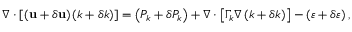
\nabla \cdot \left[ \left( \mathbf { u } + \delta \mathbf { u } \right) \left( k + \delta k \right) \right] = \left( P _ { k } + \delta P _ { k } \right) + \nabla \cdot \left[ \Gamma _ { k } \nabla \left( k + \delta k \right) \right] - \left( \varepsilon + \delta \varepsilon \right) ,